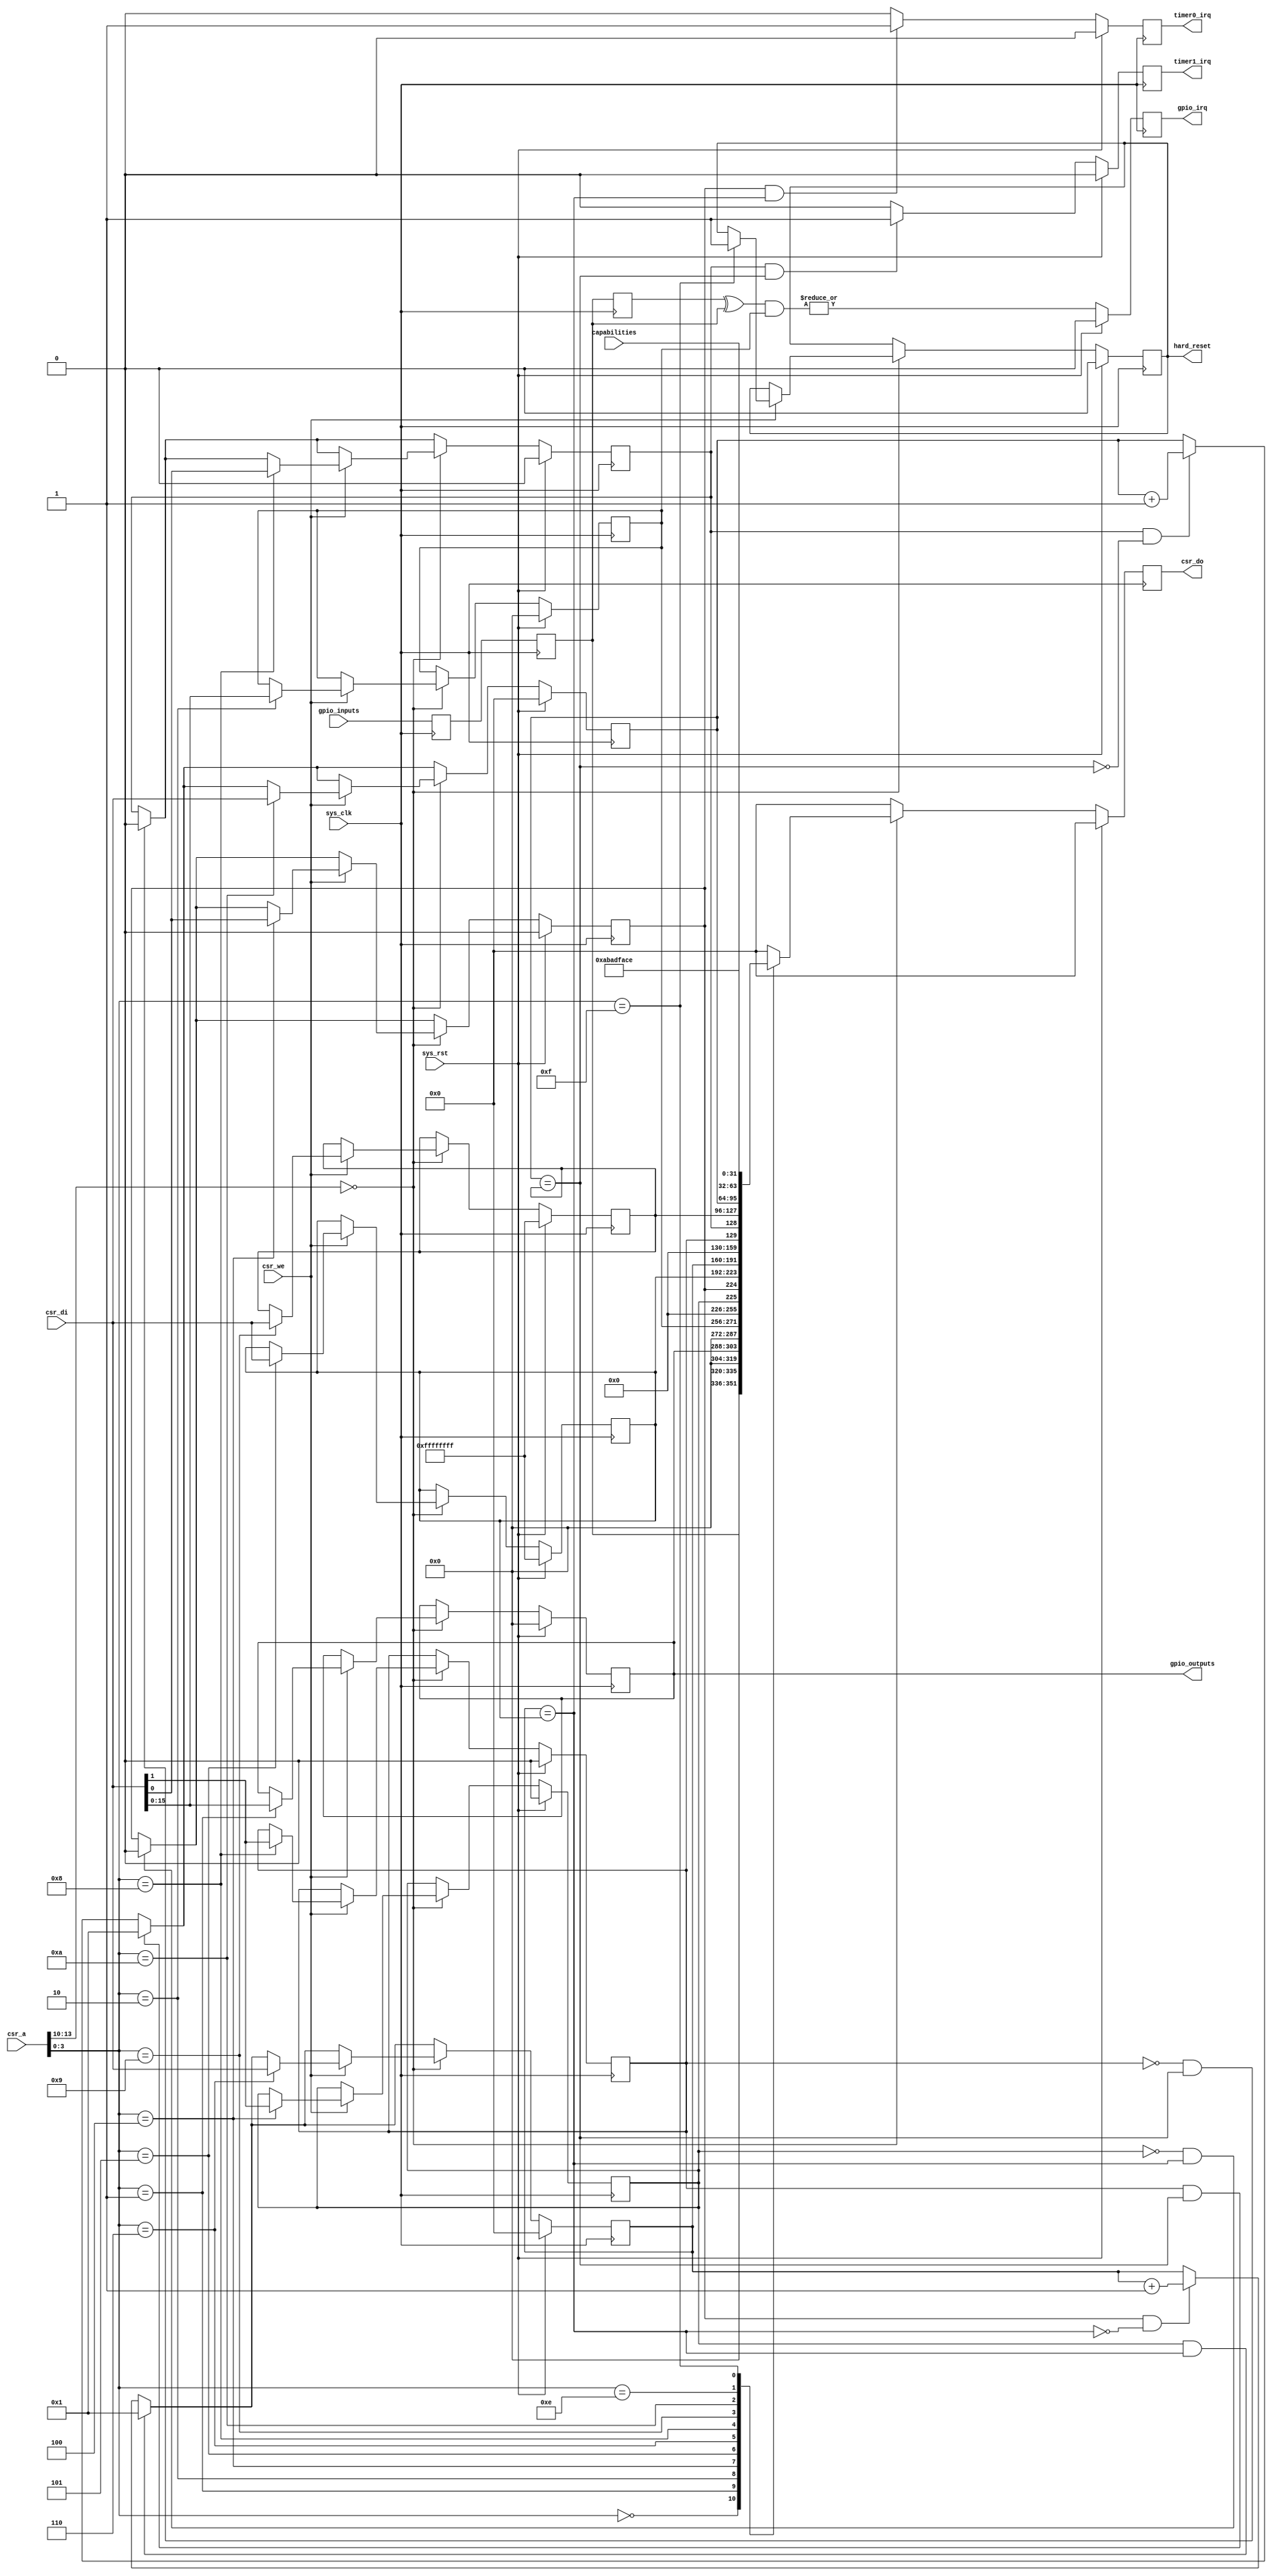
/*
 * Milkymist VJ SoC
 * Copyright (C) 2007, 2008, 2009, 2010 Sebastien Bourdeauducq
 *
 * This program is free software: you can redistribute it and/or modify
 * it under the terms of the GNU General Public License as published by
 * the Free Software Foundation, version 3 of the License.
 *
 * This program is distributed in the hope that it will be useful,
 * but WITHOUT ANY WARRANTY; without even the implied warranty of
 * MERCHANTABILITY or FITNESS FOR A PARTICULAR PURPOSE.  See the
 * GNU General Public License for more details.
 *
 * You should have received a copy of the GNU General Public License
 * along with this program.  If not, see <http://www.gnu.org/licenses/>.
 */

module sysctl #(
	parameter csr_addr = 4'h0,
	parameter ninputs = 16,
	parameter noutputs = 16,
	parameter systemid = 32'habadface
) (
	input sys_clk,
	input sys_rst,
	
	/* Interrupts */
	output reg gpio_irq,
	output reg timer0_irq,
	output reg timer1_irq,

	/* CSR bus interface */
	input [13:0] csr_a,
	input csr_we,
	input [31:0] csr_di,
	output reg [31:0] csr_do,
	
	/* GPIO */
	input [ninputs-1:0] gpio_inputs,
	output reg [noutputs-1:0] gpio_outputs,

	input [31:0] capabilities,

	output reg hard_reset
);

/*
 * GPIO
 */

/* Synchronize the input */
reg [ninputs-1:0] gpio_in0;
reg [ninputs-1:0] gpio_in;
always @(posedge sys_clk) begin
	gpio_in0 <= gpio_inputs;
	gpio_in <= gpio_in0;
end

/* Detect level changes and generate IRQs */
reg [ninputs-1:0] gpio_inbefore;
always @(posedge sys_clk) gpio_inbefore <= gpio_in;
wire [ninputs-1:0] gpio_diff = gpio_inbefore ^ gpio_in;
reg [ninputs-1:0] gpio_irqen;
always @(posedge sys_clk) begin
	if(sys_rst)
		gpio_irq <= 1'b0;
	else
		gpio_irq <= |(gpio_diff & gpio_irqen);
end

/*
 * Dual timer
 */

reg en0, en1;
reg ar0, ar1;
reg [31:0] counter0, counter1;
reg [31:0] compare0, compare1;

wire match0 = (counter0 == compare0);
wire match1 = (counter1 == compare1);

/*
 * Logic and CSR interface
 */

wire csr_selected = csr_a[13:10] == csr_addr;

always @(posedge sys_clk) begin
	if(sys_rst) begin
		csr_do <= 32'd0;

		timer0_irq <= 1'b0;
		timer1_irq <= 1'b0;
	
		gpio_outputs <= {noutputs{1'b0}};
		gpio_irqen <= {ninputs{1'b0}};
		
		en0 <= 1'b0;
		en1 <= 1'b0;
		ar0 <= 1'b0;
		ar1 <= 1'b0;
		counter0 <= 32'd0;
		counter1 <= 32'd0;
		compare0 <= 32'hFFFFFFFF;
		compare1 <= 32'hFFFFFFFF;

		hard_reset <= 1'b0;
	end else begin
		timer0_irq <= 1'b0;
		timer1_irq <= 1'b0;

		/* Handle timer 0 */
		if( en0 & ~match0) counter0 <= counter0 + 32'd1;
		if( en0 &  match0) timer0_irq <= 1'b1;
		if( ar0 &  match0) counter0 <= 32'd1;
		if(~ar0 &  match0) en0 <= 1'b0;

		/* Handle timer 1 */
		if( en1 & ~match1) counter1 <= counter1 + 32'd1;
		if( en1 &  match1) timer1_irq <= 1'b1;
		if( ar1 &  match1) counter1 <= 32'd1;
		if(~ar1 &  match1) en1 <= 1'b0;
	
		csr_do <= 32'd0;
		if(csr_selected) begin
			/* CSR Writes */
			if(csr_we) begin
				case(csr_a[3:0])
					/* GPIO registers */
					// 0000 is GPIO IN and is read-only
					4'b0001: gpio_outputs <= csr_di[noutputs-1:0];
					4'b0010: gpio_irqen <= csr_di[ninputs-1:0];
					
					/* Timer 0 registers */
					4'b0100: begin
						en0 <= csr_di[0];
						ar0 <= csr_di[1];
					end
					4'b0101: compare0 <= csr_di;
					4'b0110: counter0 <= csr_di;
					
					/* Timer 1 registers */
					4'b1000: begin
						en1 <= csr_di[0];
						ar1 <= csr_di[1];
					end
					4'b1001: compare1 <= csr_di;
					4'b1010: counter1 <= csr_di;

					4'b1111: hard_reset <= 1'b1;
				endcase
			end
		
			/* CSR Reads */
			case(csr_a[3:0])
				/* GPIO registers */
				4'b0000: csr_do <= gpio_in;
				4'b0001: csr_do <= gpio_outputs;
				4'b0010: csr_do <= gpio_irqen;
				
				/* Timer 0 registers */
				4'b0100: csr_do <= {ar0, en0};
				4'b0101: csr_do <= compare0;
				4'b0110: csr_do <= counter0;
				
				/* Timer 1 registers */
				4'b1000: csr_do <= {ar1, en1};
				4'b1001: csr_do <= compare1;
				4'b1010: csr_do <= counter1;

				4'b1110: csr_do <= capabilities;
				4'b1111: csr_do <= systemid;
			endcase
		end
	end
end

endmodule